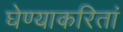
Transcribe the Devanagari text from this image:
घेण्याकरितां